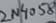
Text: 2N4058